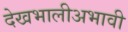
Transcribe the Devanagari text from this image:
देखभालीअभावी